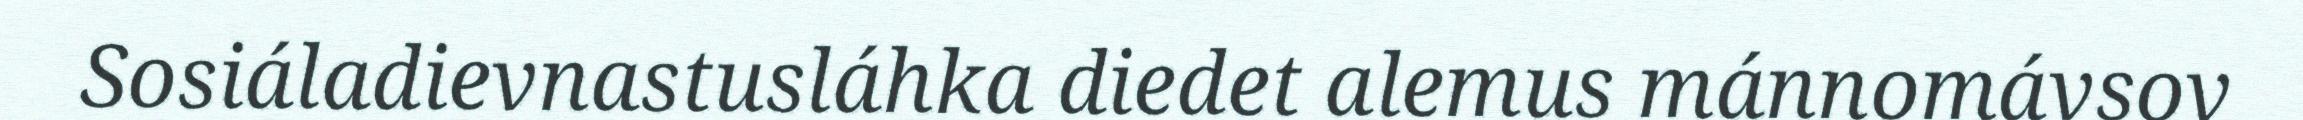
Sosiáladievnastusláhka diedet alemus mánnomávsov